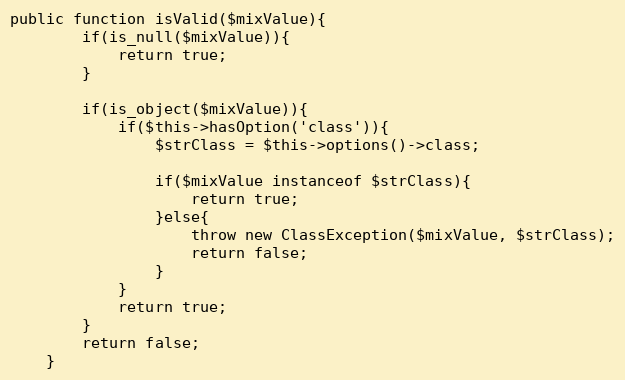
Language: PHP
public function isValid($mixValue){
		if(is_null($mixValue)){
			return true;
		}

		if(is_object($mixValue)){
			if($this->hasOption('class')){
				$strClass = $this->options()->class;

				if($mixValue instanceof $strClass){
					return true;
				}else{
					throw new ClassException($mixValue, $strClass);
					return false;
				}
			}
			return true;
		}
		return false;
	}